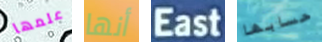
علمها أنها East حسابها